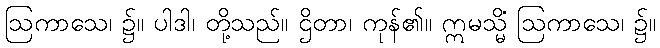
ဩကာသေ၊ ၌။ ပါဒါ၊ တို့သည်။ ဌိတာ၊ ကုန်၏။ ဣမသ္မိံ ဩကာသေ၊ ၌။